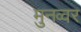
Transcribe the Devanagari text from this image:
मुनव्‍वर